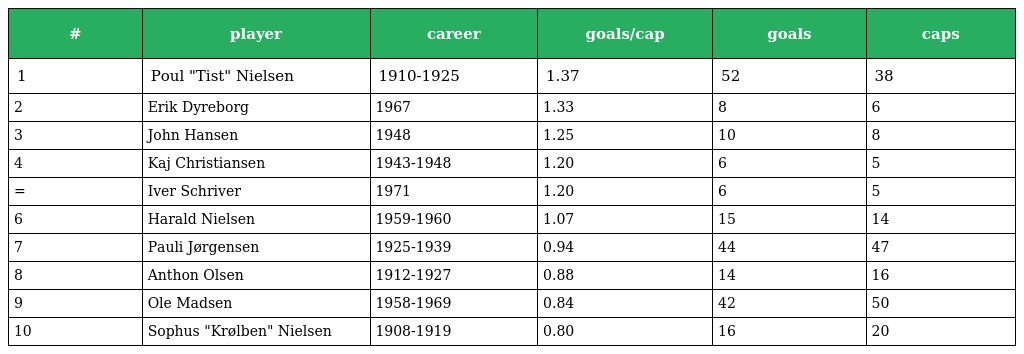
| # | player | career | goals/cap | goals | caps |
 | --- | --- | --- | --- | --- | --- |
 | 1 | Poul "Tist" Nielsen | 1910-1925 | 1.37 | 52 | 38 |
 | 2 | Erik Dyreborg | 1967 | 1.33 | 8 | 6 |
 | 3 | John Hansen | 1948 | 1.25 | 10 | 8 |
 | 4 | Kaj Christiansen | 1943-1948 | 1.20 | 6 | 5 |
 | = | Iver Schriver | 1971 | 1.20 | 6 | 5 |
 | 6 | Harald Nielsen | 1959-1960 | 1.07 | 15 | 14 |
 | 7 | Pauli Jørgensen | 1925-1939 | 0.94 | 44 | 47 |
 | 8 | Anthon Olsen | 1912-1927 | 0.88 | 14 | 16 |
 | 9 | Ole Madsen | 1958-1969 | 0.84 | 42 | 50 |
 | 10 | Sophus "Krølben" Nielsen | 1908-1919 | 0.80 | 16 | 20 |